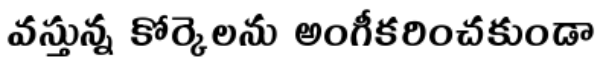
వస్తున్న కోర్కెలను అంగీకరించకుండా